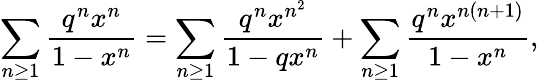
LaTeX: \sum_{n\geq 1}{\frac{q^{n}x^{n}}{1-x^{n}}}=\sum_{n\geq 1}{\frac{q^{n}x^{n^{2}}}{1-qx^{n}}}+\sum_{n\geq 1}{\frac{q^{n}x^{n(n+1)}}{1-x^{n}}},